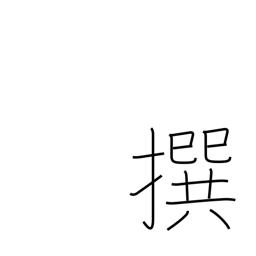
Meaning: selecting